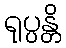
ရုပ္ပန္တိ